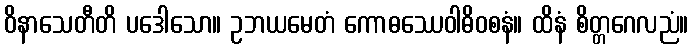
ဝိနာသေတီတိ ပဒေါသော။ ဥဘယမေတံ ကောဓဿေဝါဓိဝစနံ။ ထိနံ စိတ္တဂေလညံ။